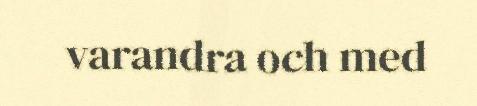
varandra och med